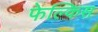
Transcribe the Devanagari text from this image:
फेल्किस